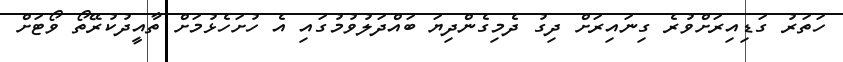
ހަތަރު ގަޑިއިރަށްވުރެ ގިނައިރަށް ދިގު ދެމިގެންދިޔަ ބައްދަލުވުމުގައި އެ ހުށަހެޅުމަށް ތާއީދުކުރޭތޯ ވޯޓަށް